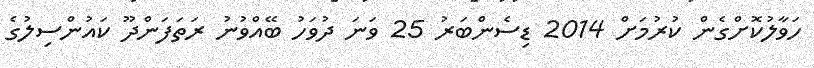
ހަވާލުކޮށްގެން ކުރުމަށް 2014 ޑިސެންބަރު 25 ވަނަ ދުވަހު ބޭއްވުނު ރަތަފަންދޫ ކައުންސިލުގެ